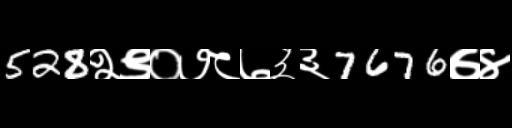
Text: 528२९०७८७३३7676७४